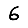
Digit: 6